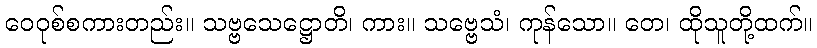
ဝေဝုစ်စကားတည်း။ သဗ္ဗသေဋ္ဌောတိ၊ ကား။ သဗ္ဗေသံ၊ ကုန်သော။ တေ၊ ထိုသူတို့ထက်။